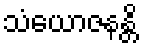
သံယောဇနန္တိ